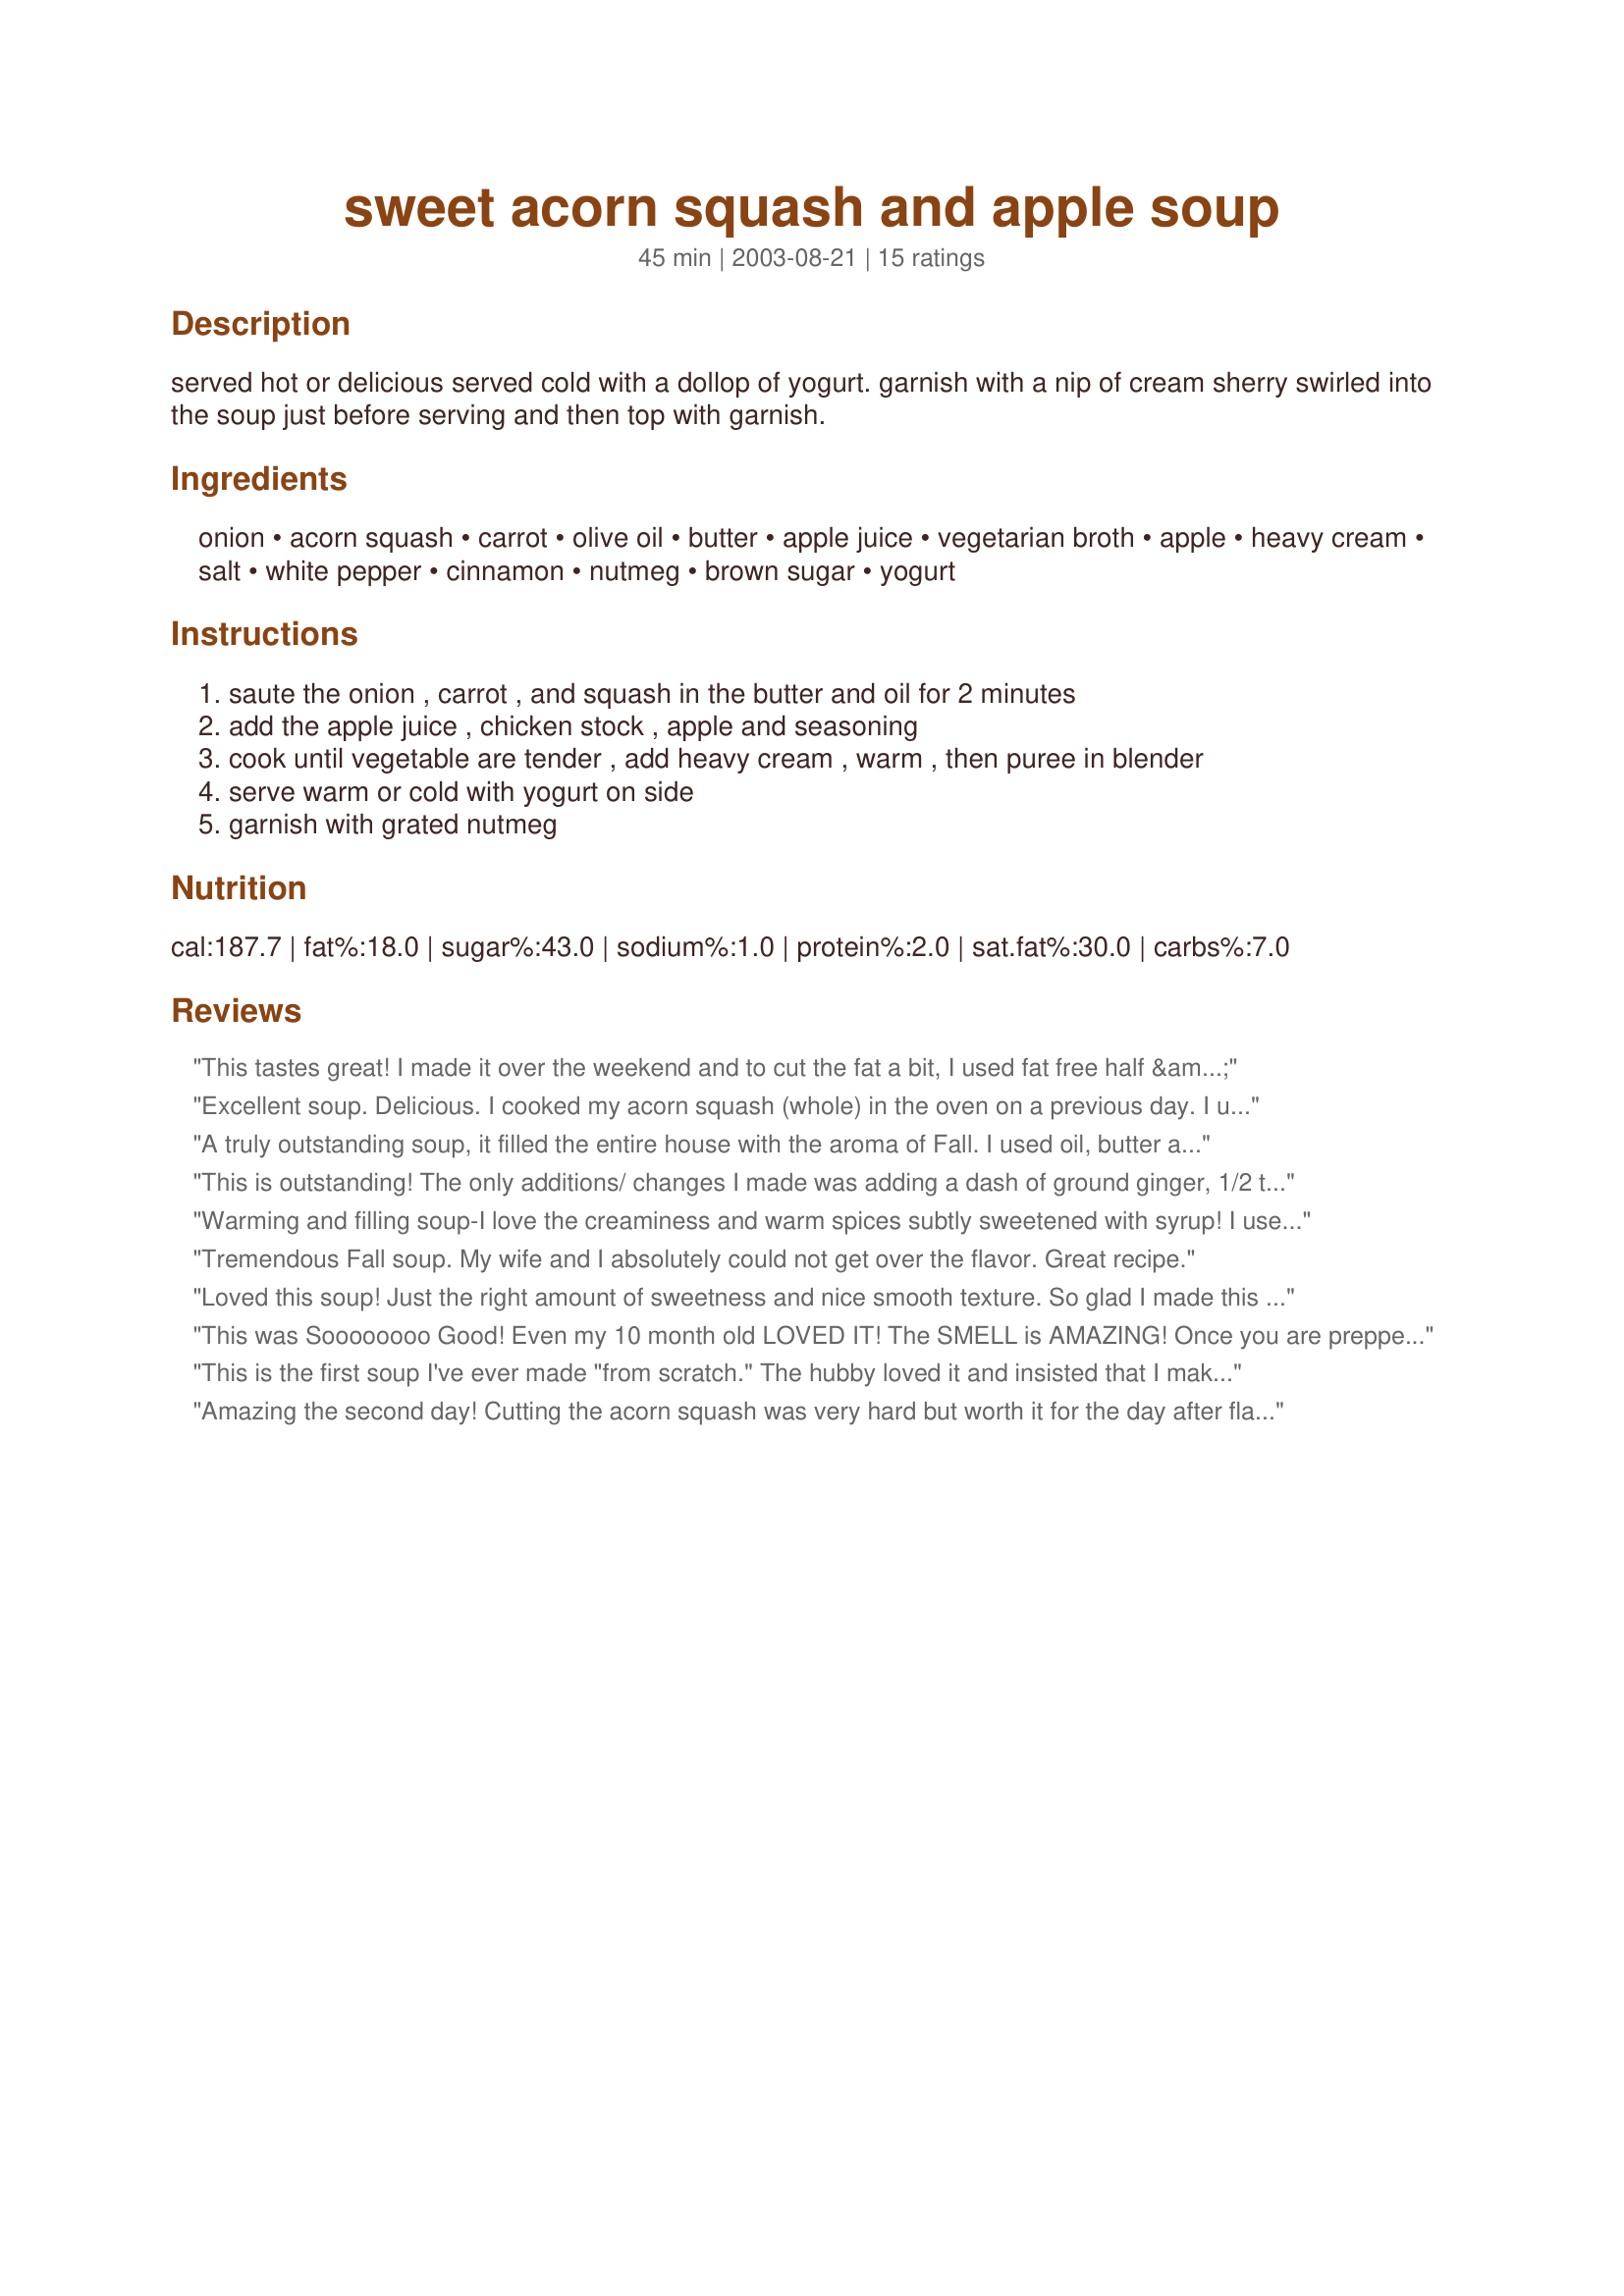
sweet acorn squash and apple soup
Preparation time: 45 minutes

served hot or delicious served cold with a dollop of yogurt. garnish with a nip of cream sherry swirled into the soup just before serving and then top with garnish.

Ingredients:
onion, acorn squash, carrot, olive oil, butter, apple juice, vegetarian broth, apple, heavy cream, salt, white pepper, cinnamon, nutmeg, brown sugar, yogurt

Steps:
saute the onion , carrot , and squash in the butter and oil for 2 minutes, add the apple juice , chicken stock , apple and seasoning, cook until vegetable are tender , add heavy cream , warm , then puree in blender, serve warm or cold with yogurt on side, garnish with grated nutmeg

Reviews:
This tastes great! I made it over the weekend and to cut the fat a bit, I used fat free half & half instead of the heavy cream. Still has a creamy texture and great flavor. I also left the skin on the apple for vitamins and flavor! :) On question though...did you all have a hrad time peeling the acorn squash? I sure did! Worth it though!
Excellent soup. Delicious. I cooked my acorn squash (whole) in the oven on a previous day. I used half n half instead of heavy cream. I served this with turkey kielbasa sandwiches. It was a perfect complement. Thank you very much!
A truly outstanding soup, it filled the entire house with the aroma of Fall. I used oil, butter and heavy cream quite sparingly, and it was still wonderful. To give it a little more body, you may want to make sure your squash is on the large side or use two. I opted for adding maple syrup we recently picked up from the Neil and Rita Rowat orchard in Ontario, CAN (awesome stuff). Next time I will include yogurt garnish and the cream sherry. BF made sure to tell me to keep this one. So, I think I just found a wonderful side dish for our upcoming Thanksgiving feast! Thanks so much Rita! Update - Made for Thanksgiving, even tastier than it was a few weeks ago. Decreasing the liquid to squash ratio made it nice and thick too. Really wonderful. Forgot to buy cream sherry, maybe next time!
This is outstanding! The only additions/ changes I made was adding a dash of ground ginger, 1/2 t brown sugar, nutmeg in the soup not as garnich and chicken broth. I also added a splash of brandy at serving. I would highly recommend the brandy. It seemed to cut down on the natural sweetness of the soup. A real winner here. Thanks Rita! We loved it!
Warming and filling soup-I love the creaminess and warm spices subtly sweetened with syrup! I used chicken broth, but think it would be better with veggie broth. I also added extra apples. A great fall recipe; thanks Rita!
Tremendous Fall soup. My wife and I absolutely could not get over the flavor. Great recipe.
Loved this soup! Just the right amount of sweetness and nice smooth texture. So glad I made this for my payback recipe in Recipe Dare! Thanks Rita! I used butternut squash with a dollop of sour cream.
This was Soooooooo Good! Even my 10 month old LOVED IT! The SMELL is AMAZING! Once you are prepped, it goes rather quick and simple. Instead of using Vegetarian or Chicken Broth I used beef broth from another nights roast. I loved it!! LOVE IT LOVE IT LOVE IT!
This is the first soup I've ever made "from scratch." The hubby loved it and insisted that I make more so there are leftovers next time.
Amazing the second day! Cutting the acorn squash was very hard but worth it for the day after flavour. I just used water for the liquid BTW, a local organic acorn squash from our weekly CSA basket, local organic baby carrots,I used only avocado oil in place of butter and olive oil to suit our diet and be healthier (olive oil shouldn&#039;t be heated), I used a local organic mackintosh apple, local organic onion, fine grey sea salt, to taste, organic sugar but would like to try with maple syrup Another day! I used lebneh (Middle Eastern cheese, like thick yogurt) mixed with water in replacement of the cream (do not keep milk on hand). Served both warm garnished with Organic crushed allspice in place of nutmeg to avoid intoxicants. I also tried it slighty warm to cool and to me it was even more delicious that way! I will make this again a day in advance the same way except maybe cook the squash first and serve cool with yogurt and allspice garnished.
You can make this easy soup with complete confidence that it will turn out perfectly delicious. I used vegetable juice and a half a butternut squash, since that's what I had on hand. I'll bet pumpkin would work also. To my taste it didn't need the yogurt garnish, but the nutmeg was a great touch.
This is yet another recipe of yours, Rita, that get saved in my cookbook!
Very velvety soup. I made it with 2 small fuji apples, evaporated milk, and my favorite Martinelli's apple juice. It went well with Cheese and Onion Bread Pudding (Recipe #301346) for a veggie dinner.
This is a wonderful, creamy and tasty soup! I've made it twice now. First time according to recipe. Second time I made some changes. I roasted the acorn squash ahead of time and scooped it out of it's shell...it was too difficult for me to peel it raw. The roasting also brings out a sweeter flavor in the squash. I added another carrot, cut the apple juice down to 1C and added 1/2 cup more of chicken broth. The changes produced a slightly less sweet but, IMO, a deeper flavor to the soup overall.
Excellent fall soup. I served it hot with a dollop of sour cream for a Harvest dinner. The apple really adds something special to the flavor. This goes into the "Definitely make again" category.
yummy, easy and a great way to use that acorn squash I didn't know what to do with!
